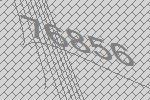
76856